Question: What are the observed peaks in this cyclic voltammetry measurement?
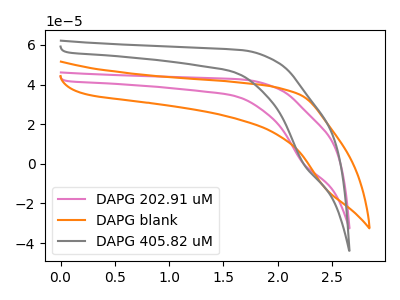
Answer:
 <answer>The pink curve "DAPG 202.91 uM" has a cathodic peak at: (2.25V, 0.00uA). The orange curve "DAPG blank" has no peaks. The gray curve "DAPG 405.82 uM" has a cathodic peak at: (2.25V, 0.00uA).</answer>
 <eval></eval>